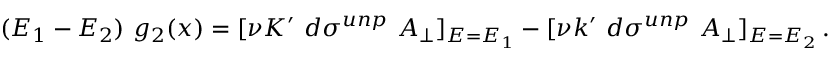
( E _ { 1 } - E _ { 2 } ) ~ g _ { 2 } ( x ) = [ \nu K ^ { \prime } ~ d \sigma ^ { u n p } ~ A _ { \perp } ] _ { E = E _ { 1 } } - [ \nu k ^ { \prime } ~ d \sigma ^ { u n p } ~ A _ { \perp } ] _ { E = E _ { 2 } } \, .